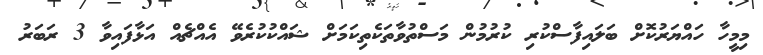
މިމީހާ ހައްޔަރުކޮށް ބަލައިފާސްކުރި ކުރުމުން މަސްތުވާތަކެތިކަމަށް ޝައްކުކުރެވޭ އެއްޗެއް އަޅާފައިވާ 3 ރަބަރު